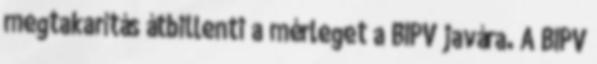
megtakarítás átbillenti a mérleget a BIPV javára. A BIPV